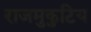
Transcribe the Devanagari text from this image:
राजमुकुटिय